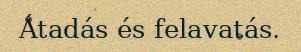
Átadás és felavatás.